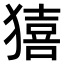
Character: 𤢀